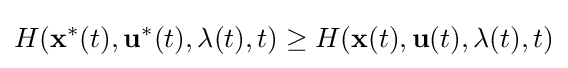
H(\mathbf {x} ^{\ast }(t),\mathbf {u} ^{\ast }(t),\mathbf {\lambda } (t),t)\geq H(\mathbf {x} (t),\mathbf {u} (t),\mathbf {\lambda } (t),t)